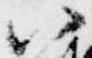
八